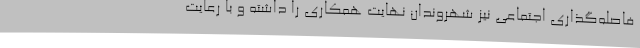
فاصله‌گذاری اجتماعی نیز شهروندان نهایت همکاری را داشته و با رعایت